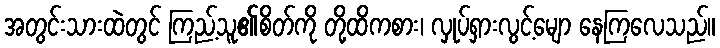
အတွင်းသားထဲတွင် ကြည့်သူ၏စိတ်ကို တို့ထိကစား၊ လှုပ်ရှားလွင့်မျော နေကြလေသည်။